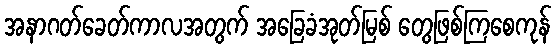
အနာဂတ်ခေတ်ကာလအတွက် အခြေခံအုတ်မြစ် တွေဖြစ်ကြစေကုန်